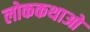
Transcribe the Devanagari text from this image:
लोककथाओ